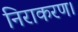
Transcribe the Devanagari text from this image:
निराकरण।